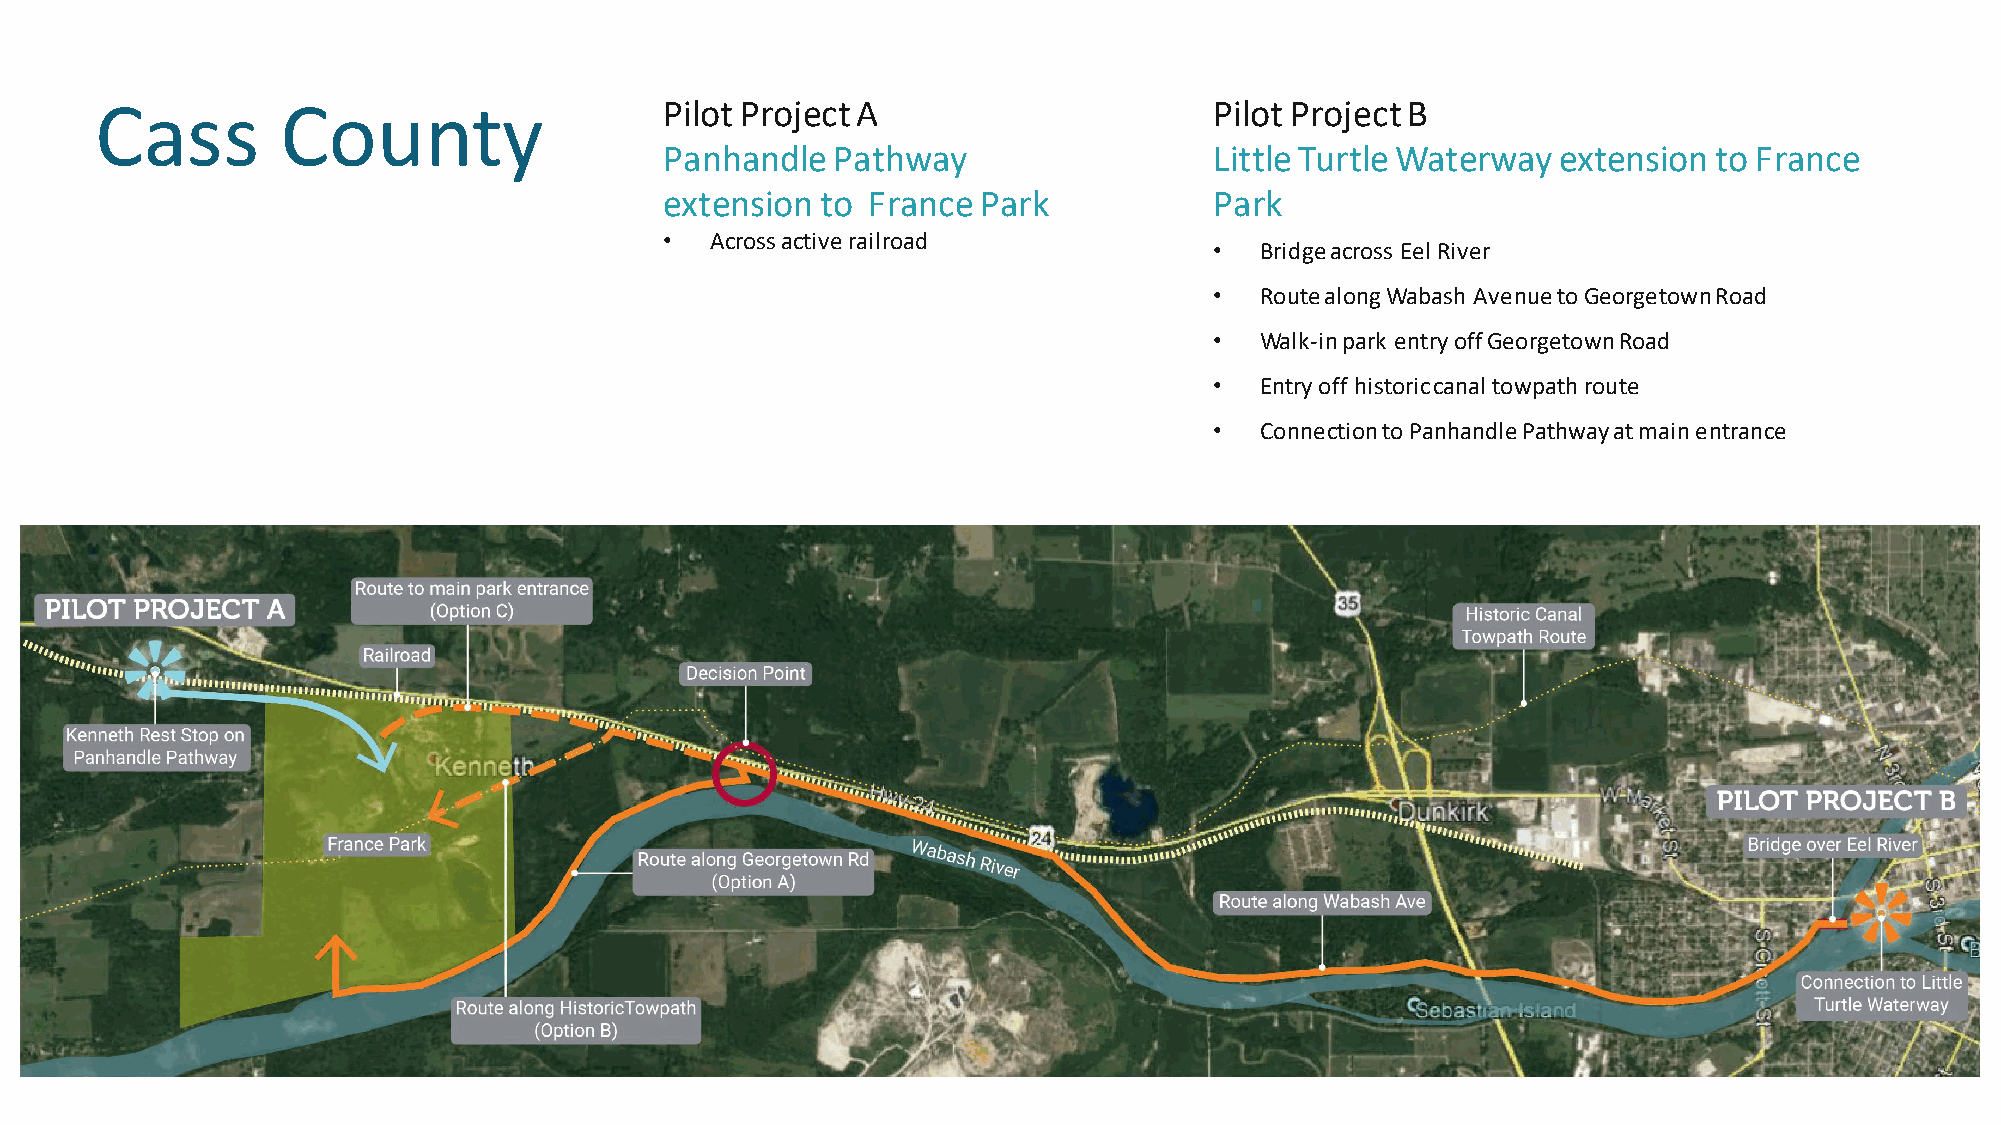
Cass         County                   Pilot Project A                     Pilot Project B
 Panhandle  Pathway                  Little Turtle Waterway extension  to France
 extension to France  Park           Park
 •  Across active railroad
 •  Bridge across Eel River
 •  Route along Wabash Avenue to Georgetown Road
 •  Walk-in park entry off Georgetown Road
 •  Entry off historic canal towpath route
 •  Connection to Panhandle Pathway at main entrance